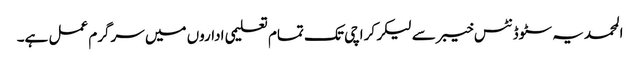
المحمدیہ سٹوڈنٹس خیبر سے لیکر کراچی تک تمام تعلیمی اداروں میں سرگرم عمل ہے۔